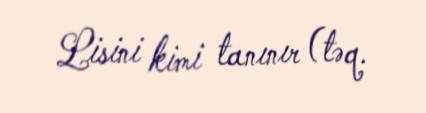
Lisini kimi tanınır (təq.